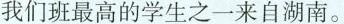
我们班最高的学生之一来自湖南。